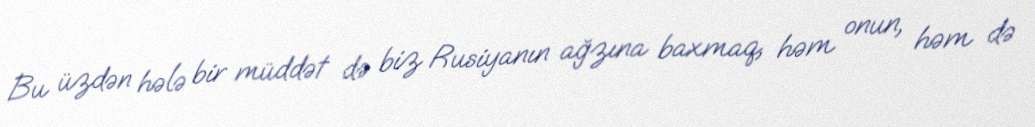
Bu üzdən hələ bir müddət də biz Rusiyanın ağzına baxmaq, həm onun, həm də